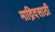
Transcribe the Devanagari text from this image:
माद्रिदसाठी